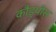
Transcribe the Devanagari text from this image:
कौड्पीस